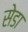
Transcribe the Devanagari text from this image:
सेडा